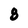
Character: 8